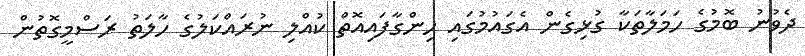
ދެވުނު ބޮމުގެ ހަމަލާތަކާ ގުޅިގެން އެގައުމުގައި ހިންގާފައިއޮތް ކުއްލި ނުރައްކަލުގެ ހާލަތު ރަސްމީގޮތުން